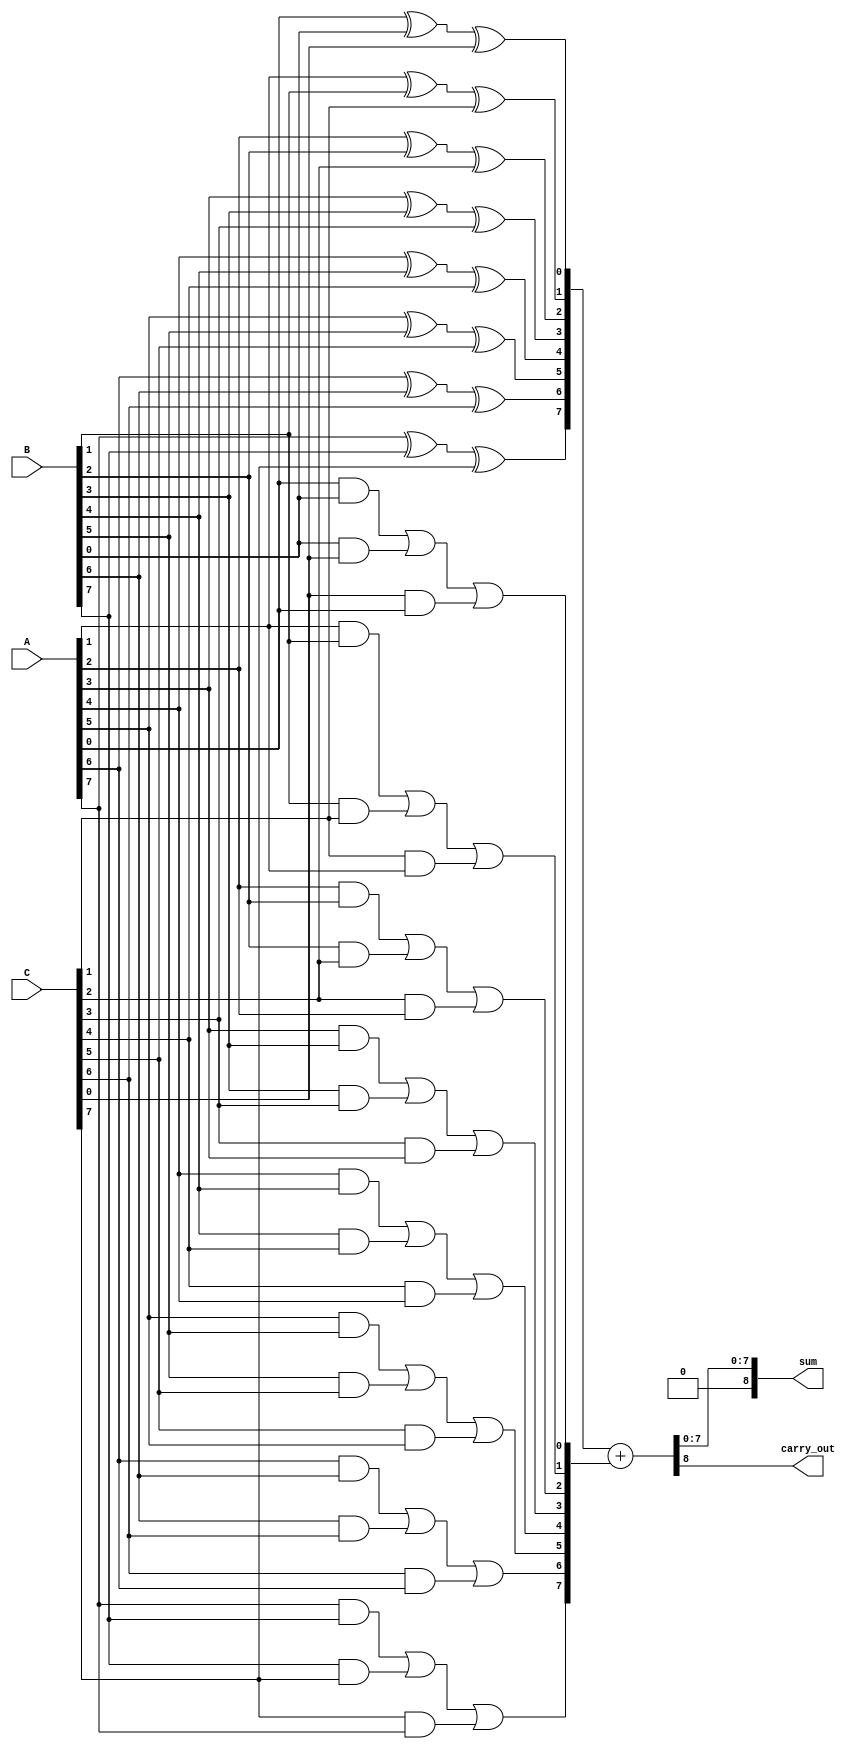
module carry_save_adder #(parameter N = 8) (
    input [N-1:0] A,
    input [N-1:0] B,
    input [N-1:0] C,
    output [N:0] sum,
    output carry_out
);

    wire [N-1:0] partial_sum;
    wire [N-1:0] carry;

    genvar i;
    generate
        for (i = 0; i < N; i = i + 1) begin : csa_stage
            assign partial_sum[i] = A[i] ^ B[i] ^ C[i]; // Partial Sum: A XOR B XOR C
            assign carry[i] = (A[i] & B[i]) | (B[i] & C[i]) | (C[i] & A[i]); // Carry: (A AND B) OR (B AND C) OR (C AND A)
        end
    endgenerate

    // Final addition stage to resolve carry bits
    wire [N:0] final_sum;
    wire [N-1:0] final_carry;

    assign final_sum = {1'b0, partial_sum} + {1'b0, carry}; // Add partial sums and carries

    assign sum = final_sum[N-1:0]; // Final sum output
    assign carry_out = final_sum[N]; // Carry out (overflow)

endmodule